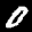
Label: 0